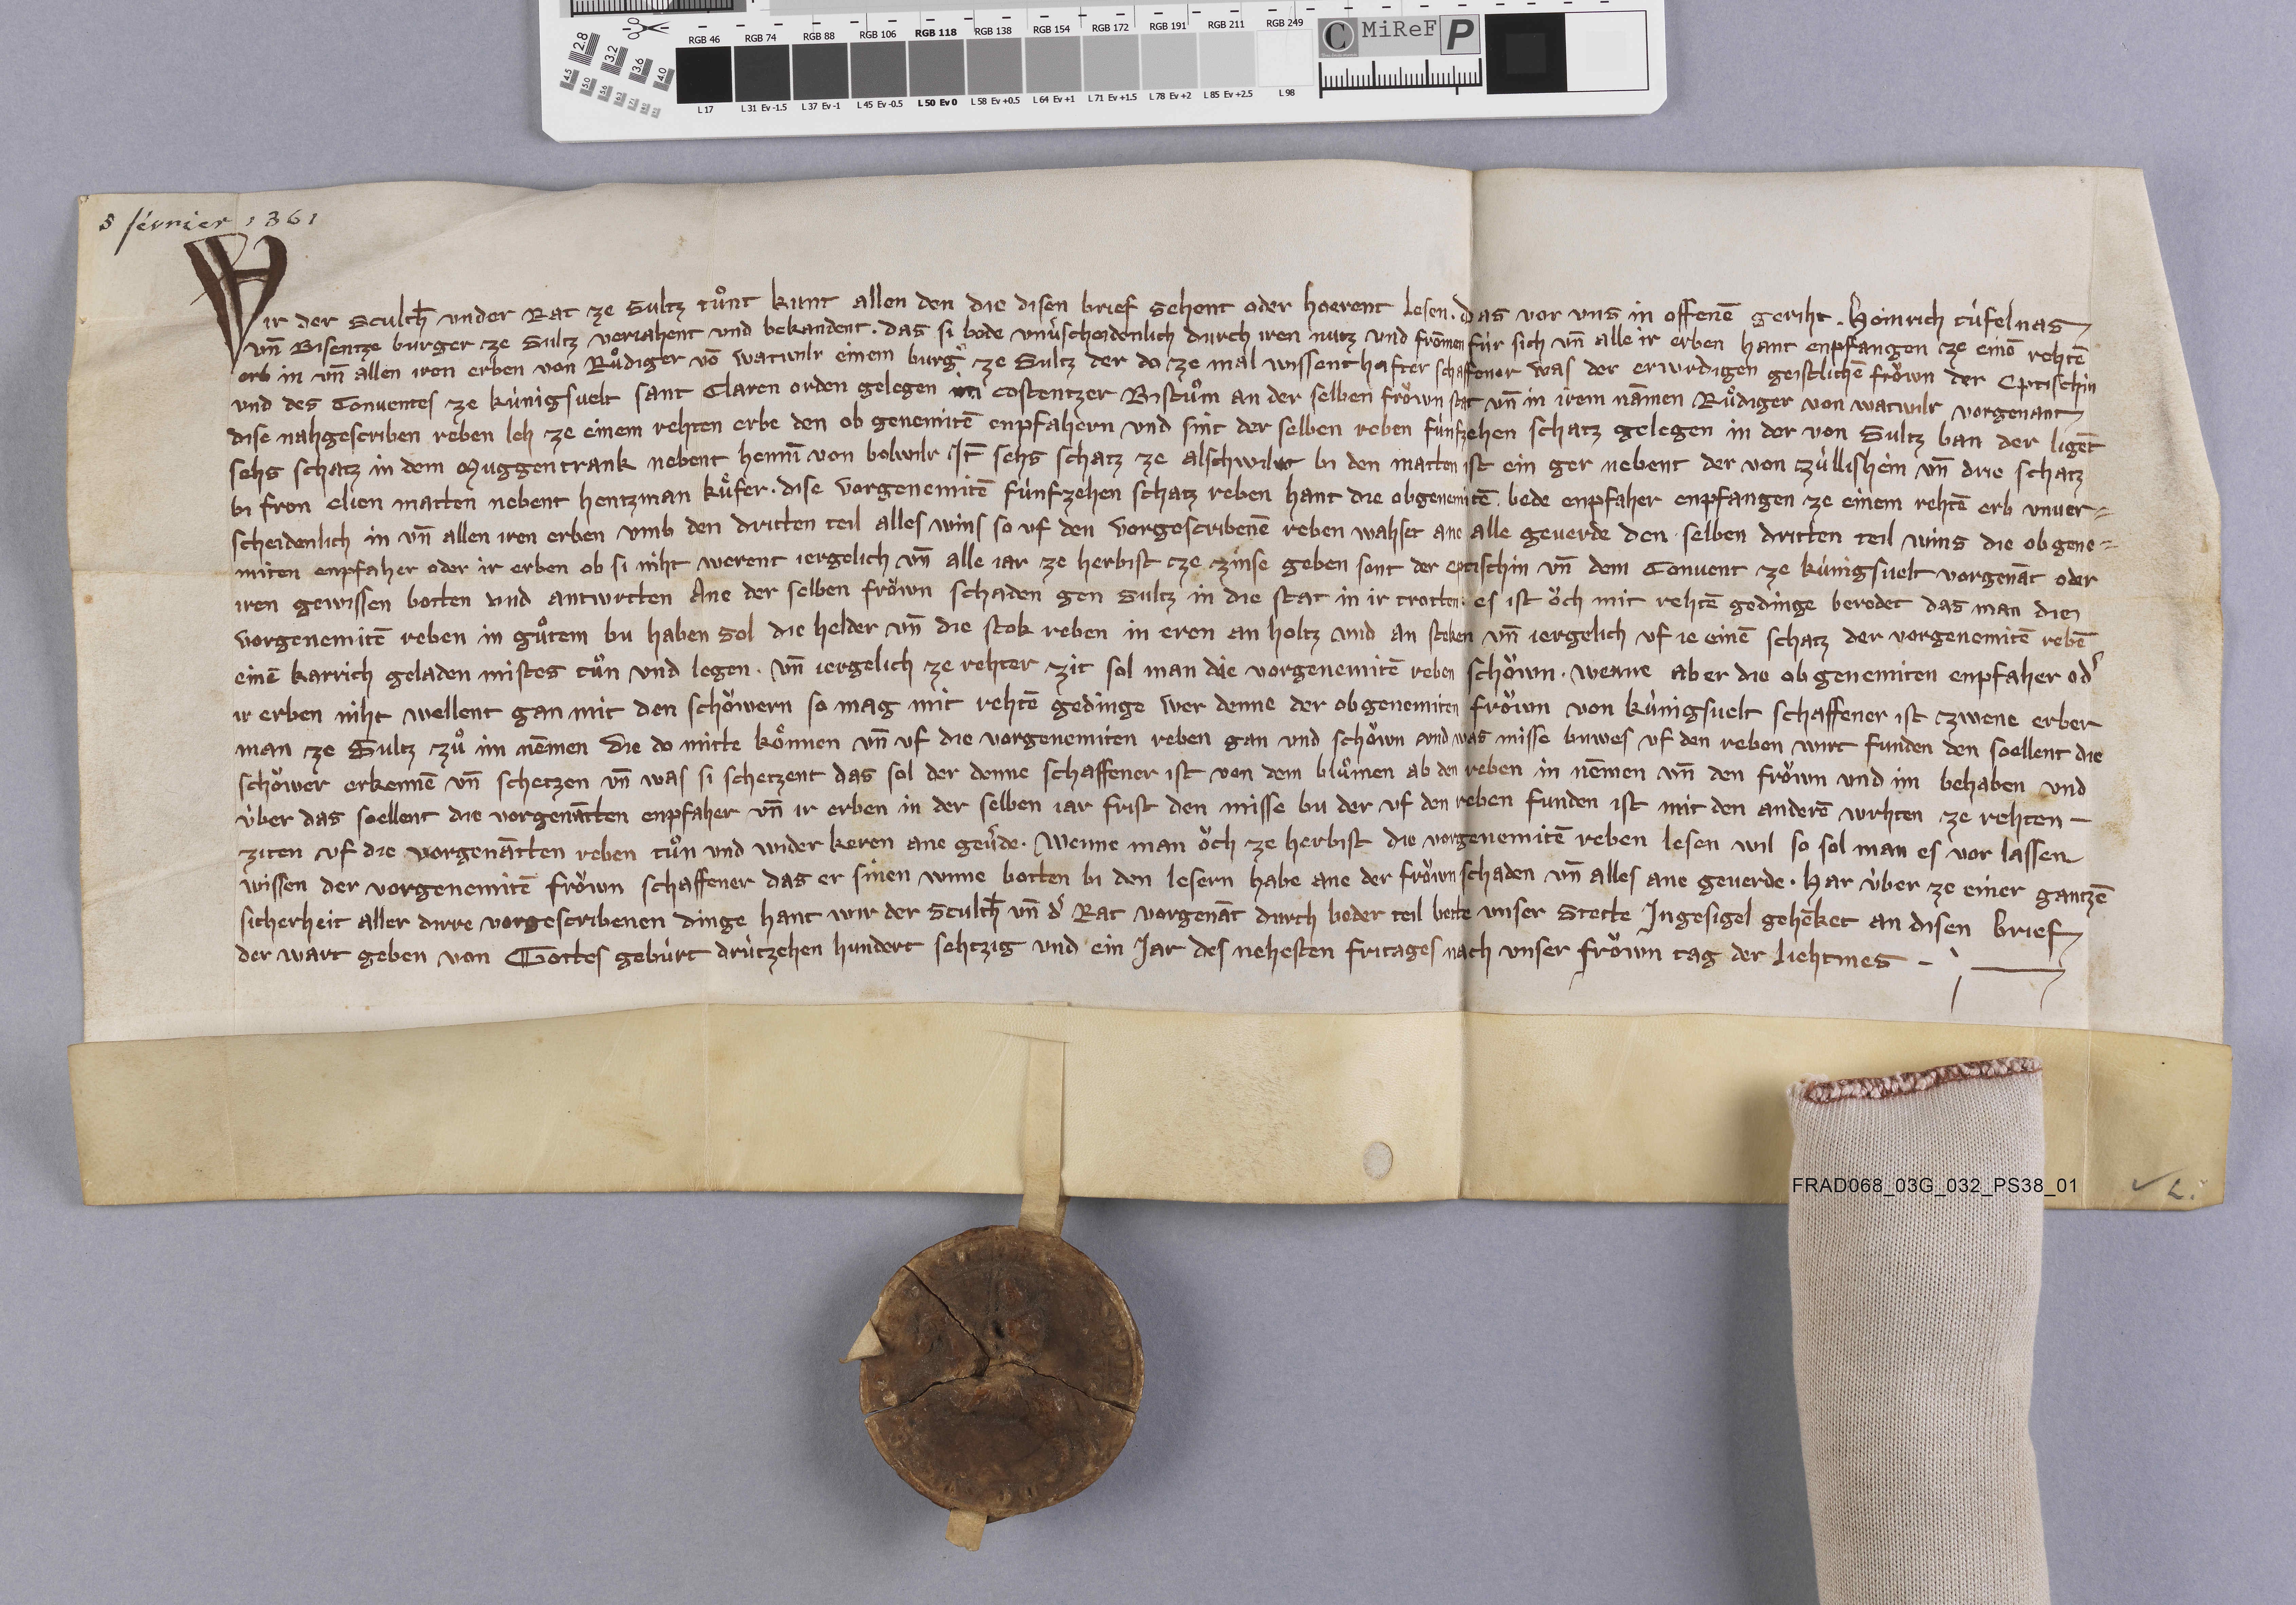
5 février 1361

Wir der sculth̄ under rat ze Sultz tuͦnt kunt allen den die disen brief sehent oder hoerent lesen ✳ das vor uns in offenē geriht ✳ Heinrich Tùfelnas
un̄ Bisentze burger ze Sultz verjahent und bekandent ✳ das si bede unvˀscheidenlich durch iren nutz und frōmen fùr sich un̄ alle ir erben hant enpfangen ze einē rehtē
erb in un̄ allen iren erben von Ruͦdiger vō Watwilr einem burgˀ ze Sultz der do ze mal wissenthafter schaffener was der erwrdigen geistlichē froͧwn der eptischin
und des conventes ze Kùnigsvelt Sant Claren orden gelegen in Costentzer bistuͦm an der selben froͧwn stat un̄ in irem nāmen Ruͤdiger von Watwilr vorgenant
dise nahgescriben reben leh ze einem rehten erbe den ob genemitē enpfahern und sint der selben reben fùnfzehen schatz gelegen in der von Sultz ban der ligēt
sehs schatz in dem Muggentrank nebent Hennī von Bolwilr. it̄ sehs schatz ze Alschwilr bi den matten ist ein ger nebent der von Zùllishein un̄ drie schatz
bi fron Elien matten nebent Hentzman Kuͤfer ✳ dise vorgenemitē fùnfzehen schatz reben hant die obgenemitē bede enpfaher enpfangen ze einem rehtē erb unver¬
scheidenlich in un̄ allen iren erben umb den dritten teil alles wins so uf den vorgescribenē reben wahset an alle geverde den selben dritten teil wins die obgene¬
miten enpfaher oder ir erben ob si niht werent jergelich un̄ alle jar ze herbist ze zinse geben sont der eptischin un̄ dem convent ze Kùnigsvelt vergenāt oder
iren gewissen botten und antwrtten ane der selben froͧwn schaden gen Sultz in die stat in ir trotten ✳ es ist oͧch mit rehtē gedinge beredet das man die
vorgenemitē reben in guͦtem bu haben sol die helder un̄ die stok reben in eren an holtz und an steken un̄ jergelich uf je einē schatz der vorgenemitē rebē
einē karrich geladen mistes tuͦn und legen ✳ un̄ jegelich ze rehter zit sol man die vorgenemitē reben schoͧwn. ✳ wenne aber die obgenemiten enpfaher odˀ
ir erben niht wellent gan mit den schoͧwern so mag mit rehtē gedinge wer denne der obgenemiten froͧwn von Kùnigsvelt schaffener ist zwene erber
man ze Sultz zuͦ im nēmen die do mitte koͤnnen un̄ uf die vorgenemiten reben gan und schoͧwn und was misse buwes uf den reben wirt funden den soͤllent die
schoͧwer erkennē un̄ schetzen un̄ was si schetzent das sol der denne schaffener ist von dem bluͦmen ab den reben in nēmen un̄ den froͧwn und im behaben und
ùber das soellent die vorgenātten enpfaher un̄ ir erben in der selben jar frist den misse bu der uf den reben funden ist mit den anderē wrhten ze rehten ✳
ziten uf die vorgenātten reben tuͦn und under keren ane gevˀde. ✳ wenne man oͧch ze herbist die vorgenemitē reben lesen wil so sol man es vor lassen
wissen der vorgenemitē froͧwn schaffener das er sinen wnne botten bi den lesern habe ane der froͧwn schaden un̄ alles ane geverde ✳ har ùber ze einer gantzē
sicherheit aller dirre vorgescribenen dinge hant wir der sculth̄ un̄ dˀ rat vorgenāt durch beder teil bette unser stette ingesigel gehēket an disen brief
der wart geben von gottes gebùrt drùtzehen hundert sehtzig und ein jar des nehesten fritages nach unser froͧwn tag der liehtmes. ✳